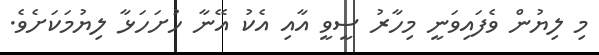
މި ލިޔުން ވެފައިވަނީ މިހާރު ސީވީ އާއި އެކު އޭނާ ހުށަހަޅާ ލިޔުމަކަށެވެ.